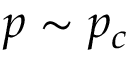
p \sim p _ { c }